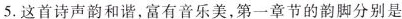
5.这首诗声韵和谐，富有音乐美，第一章节的韵脚分别是